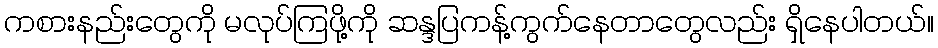
ကစားနည်းတွေကို မလုပ်ကြဖို့ကို ဆန္ဒပြကန့်ကွက်နေတာတွေလည်း ရှိနေပါတယ်။